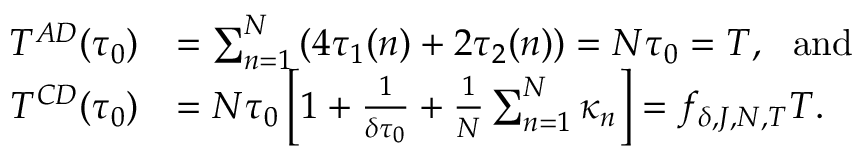
\begin{array} { r l } { T ^ { A D } ( \tau _ { 0 } ) } & { = \sum _ { n = 1 } ^ { N } \left( 4 \tau _ { 1 } ( n ) + 2 \tau _ { 2 } ( n ) \right) = N \tau _ { 0 } = T , ~ ~ \mathrm { a n d } } \\ { T ^ { C D } ( \tau _ { 0 } ) } & { = N \tau _ { 0 } \left[ 1 + \frac { 1 } { \delta \tau _ { 0 } } + \frac { 1 } { N } \sum _ { n = 1 } ^ { N } \kappa _ { n } \right] = f _ { \delta , J , N , T } T . } \end{array}